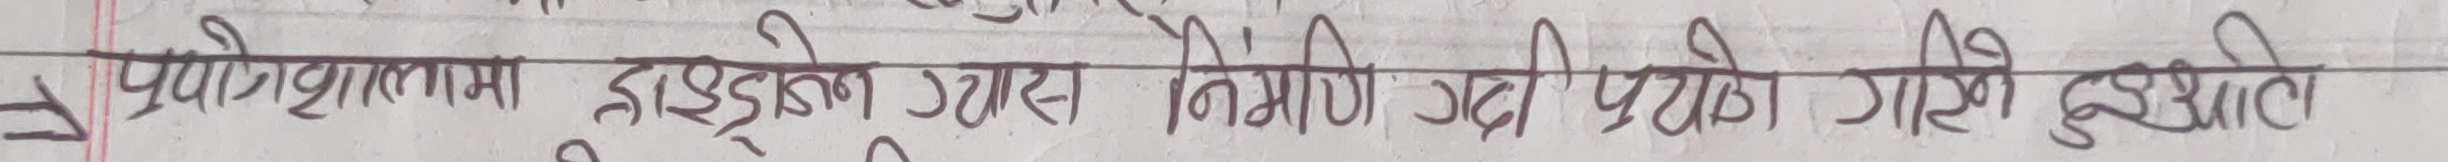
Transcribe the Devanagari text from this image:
प्रयोगाशालामा हाइड्रोजन ग्यास निर्माण गर्न प्रयोग गरिने दुइ ओटा